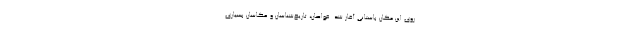
روی این مکان باستانی آغاز شد. غواصان، تاریخ‌شناسان و عکاسان بسیاری